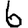
Digit: 6